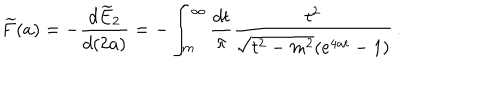
\widetilde { F } ( a ) = - \frac { d \widetilde { E } _ { 2 } } { d ( 2 a ) } = - \int _ { m } ^ { \infty } \frac { d t } { \pi } \frac { t ^ { 2 } } { \sqrt { t ^ { 2 } - m ^ { 2 } } ( e ^ { 4 a t } - 1 ) } \, .